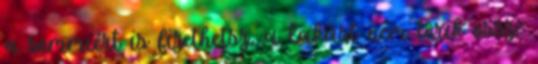
a semmiért is fizethetsz, a lakást nem törik össze